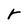
Character: Y